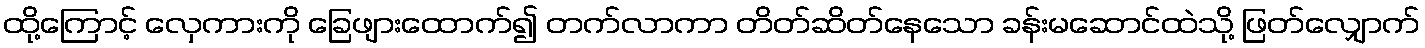
ထို့ကြောင့် လှေကားကို ခြေဖျားထောက်၍ တက်လာကာ တိတ်ဆိတ်နေသော ခန်းမဆောင်ထဲသို့ ဖြတ်လျှောက်